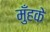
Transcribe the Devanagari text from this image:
मुँहके